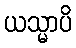
ယသ္မာပိ